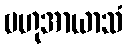
ဗဟုအာယာသံ